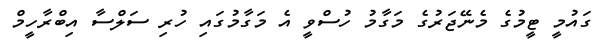
ގައުމީ ޓީމުގެ މެނޭޖަރުގެ މަގާމު ހުސްވީ އެ މަގާމުގައި ހުރި ސަލްސާ އިބްރާހީމް